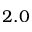
2 . 0